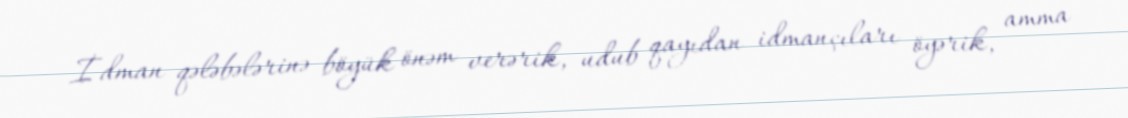
İdman qələbələrinə böyük önəm verərik, udub qayıdan idmançıları öyərik, amma